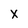
Character: x